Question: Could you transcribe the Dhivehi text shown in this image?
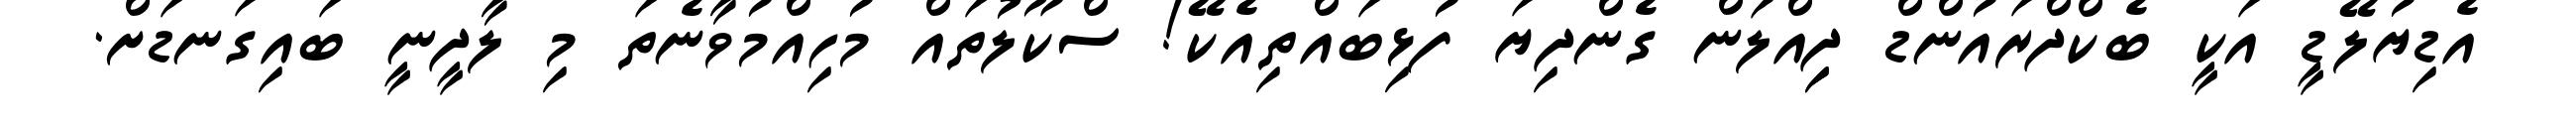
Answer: އެޑިޔުލޭޑީ އަކީ ބެކްދްރައުންޑް ދިިއްލަން ގެންދިޔަ ފުޅިބައްތިއެކޭ! ސްކޫލުތައް މުހިއްމުވާނެތަ މި ލާދީނީ ބައިގަނޑަށް.